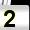
Digit: 2